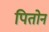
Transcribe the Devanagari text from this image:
पितोन